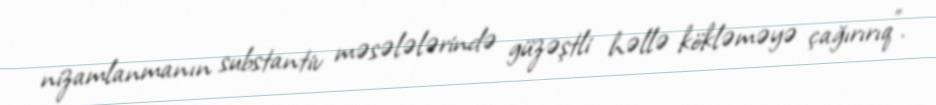
nizamlanmanın substantiv məsələlərində güzəştli həllə kökləməyə çağırırıq”.